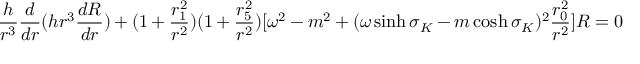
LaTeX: \frac { h } { r ^ { 3 } } \frac { d } { d r } ( h r ^ { 3 } \frac { d R } { d r } ) + ( 1 + \frac { r _ { 1 } ^ { 2 } } { r ^ { 2 } } ) ( 1 + \frac { r _ { 5 } ^ { 2 } } { r ^ { 2 } } ) [ \omega ^ { 2 } - m ^ { 2 } + ( \omega \sinh \sigma _ { K } - m \cosh \sigma _ { K } ) ^ { 2 } \frac { r _ { 0 } ^ { 2 } } { r ^ { 2 } } ] R = 0